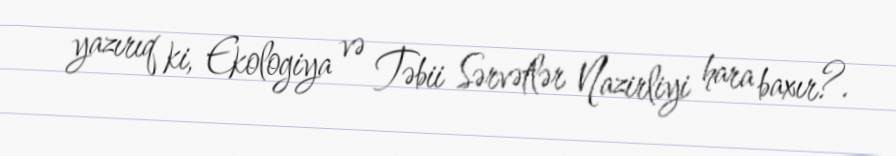
yazırıq ki, Ekologiya və Təbii Sərvətlər Nazirliyi hara baxır?.